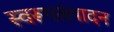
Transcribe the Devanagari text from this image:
स्वरूपसंपादन